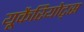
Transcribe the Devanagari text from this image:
यूकैरियोट्स